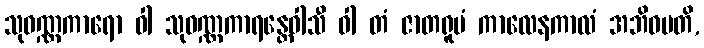
သုဝဏ္ဏကာရော ဝါ သုဝဏ္ဏကာရန္တေဝါသီ ဝါ တံ ဇာတရူပံ ကာလေနကာလံ အဘိဓမတိ,